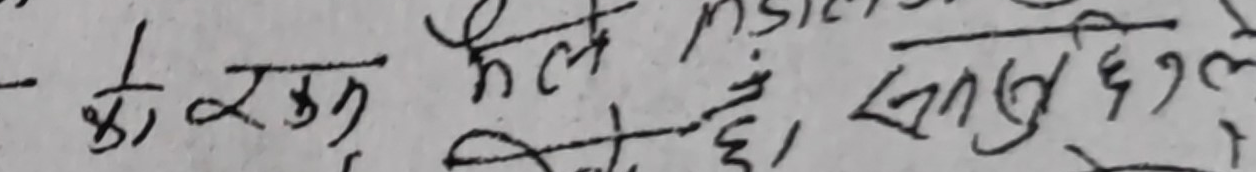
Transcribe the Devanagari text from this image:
- के रङ्ग मैले पनि संतुष्ट छैन